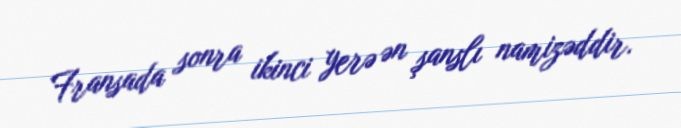
Fransada sonra ikinci yerə ən şanslı namizəddir.